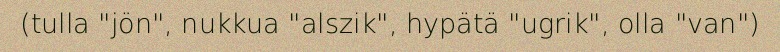
(tulla "jön", nukkua "alszik", hypätä "ugrik", olla "van")